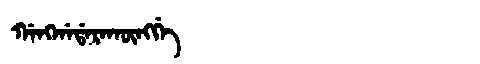
Manchu: ᡤᠠᠩᡤᠠᡩᠠᡵᠠᡴᡡᠩᡤᡝ
Romanization: GANGGADARAKŪNGGE